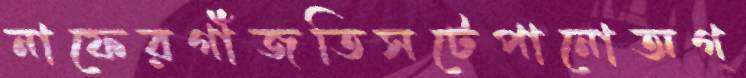
নাফেরগাঁজতিসটেপানোঅগ্